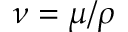
\nu = \mu / \rho